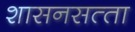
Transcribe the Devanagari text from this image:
शासनसत्‍ता